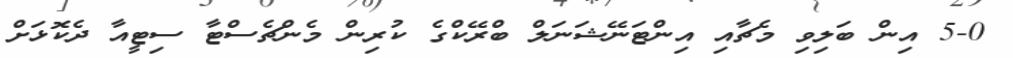
5-0 އިން ބަލިވި މެޗާއި އިންޓަނޭޝަނަލް ބްރޭކްގެ ކުރިން މެންޗެސްޓާ ސިޓީއާ ދެކޮޅަށް